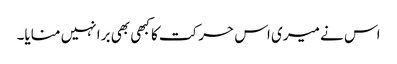
اس نے میری اس حرکت کا کبھی بھی برا نہیں منایا۔